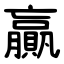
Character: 贏